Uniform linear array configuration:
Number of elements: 32
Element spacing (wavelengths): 0.5
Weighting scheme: binomial
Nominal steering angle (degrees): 30
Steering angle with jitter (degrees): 30.084
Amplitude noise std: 0.05
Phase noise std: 0.05

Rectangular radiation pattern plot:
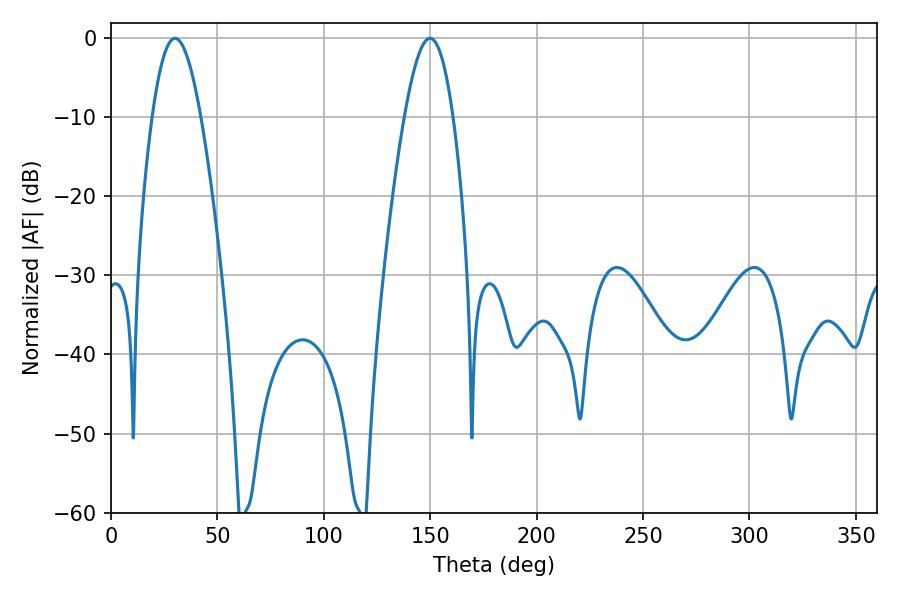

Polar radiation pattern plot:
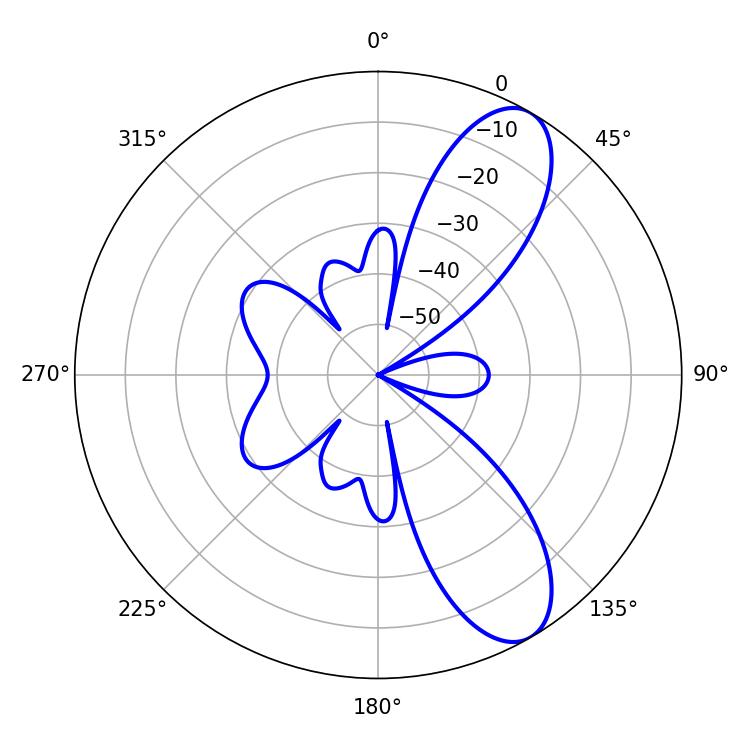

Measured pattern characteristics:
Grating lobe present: FALSE
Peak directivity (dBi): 9.291
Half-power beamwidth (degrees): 12.42
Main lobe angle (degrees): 30.06